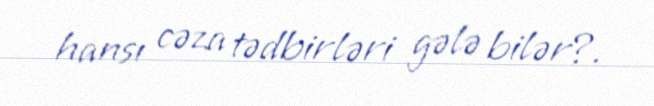
hansı cəza tədbirləri gələ bilər?.